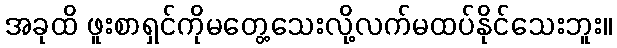
အခုထိ ဖူးစာရှင်ကိုမတွေ့သေးလို့လက်မထပ်နိုင်သေးဘူး။